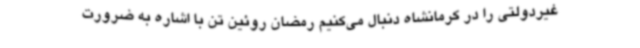
غیردولتی را در کرمانشاه دنبال می‌کنیم رمضان روئین تن با اشاره به ضرورت